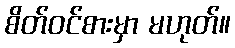
စိတ်ဝင်စားမှာ မဟုတ်။